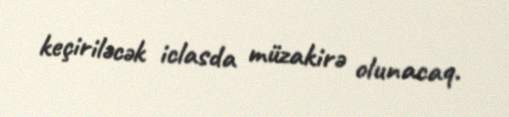
keçiriləcək iclasda müzakirə olunacaq.